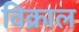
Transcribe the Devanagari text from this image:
विक्राल